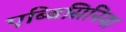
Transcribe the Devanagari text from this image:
एब्बिसिनिया